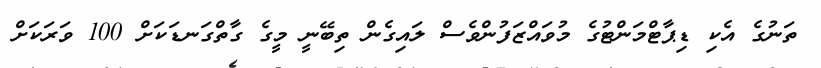
ތަނުގެ އެކި ޑިޕާޓްމަންޓުގެ މުވައްޒަފުންވެސް ލައިގެން ތިބޭނީ މީގެ ގާތްގަނޑަކަށް 100 ވަރަކަށް